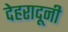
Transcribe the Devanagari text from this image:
देहरादूनी